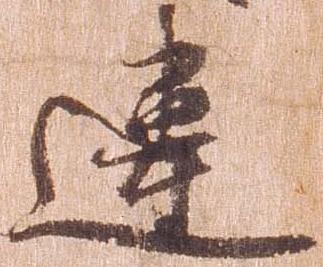
違